Scientific memoirs by medical officers of the Army of India - Part IV,
Year: 1889
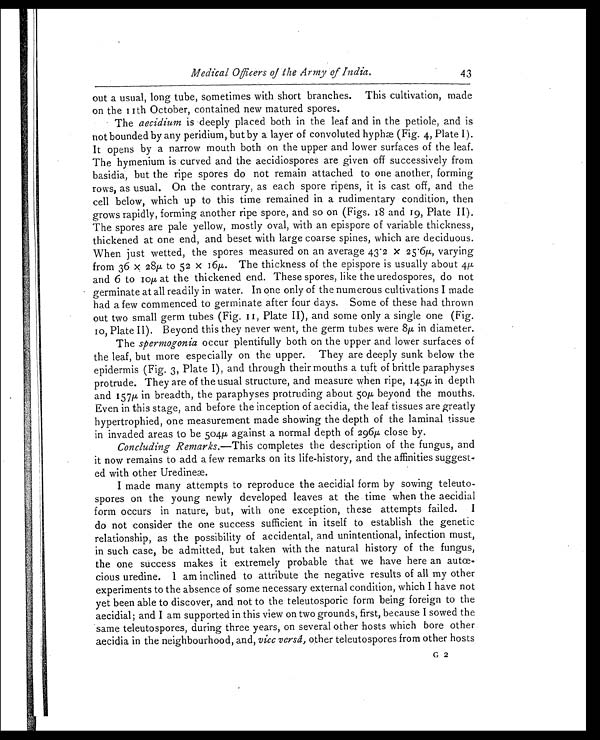
Medical Officers of the Army of India.
43
out a usual, long tube, sometimes with short branches. This cultivation, made
on the 11th October, contained new matured spores.
The aecidium is deeply placed both in the leaf and in the petiole, and is
not bounded by any peridium, but by a layer of convoluted hyphæ (Fig. 4, Plate I).
It opens by a narrow mouth both on the upper and lower surfaces of the leaf.
The hymenium is curved and the aecidiospores are given off successively from
basidia, but the ripe spores do not remain attached to one another, forming
rows, as usual. On the contrary, as each spore ripens, it is cast off, and the
cell below, which up to this time remained in a rudimentary condition, then
grows rapidly, forming another ripe spore, and so on (Figs. 18 and 19, Plate II).
The spores are pale yellow, mostly oval, with an epispore of variable thickness,
thickened at one end, and beset with large coarse spines, which are deciduous.
When just wetted, the spores measured on an average 43.2 x 25.6pµ, varying
from 36 x 28µ to 52 x 16µ. The thickness of the epispore is usually about 4µ
and 6 to 10µ at the thickened end. These spores, like the uredospores, do not
germinate at all readily in water. In one only of the numerous cultivations I made
had a few commenced to germinate after four days. Some of these had thrown
out two small germ tubes (Fig. 11, Plate II), and some only a single one (Fig.
10, Plate II). Beyond this they never went, the germ tubes were 8µ in diameter.
The spermogonia occur plentifully both on the upper and lower surfaces of
the leaf, but more especially on the upper. They are deeply sunk below the
epidermis (Fig. 3, Plate I), and through their mouths a tuft of brittle paraphyses
protrude. They are of the usual structure, and measure when ripe, 145µ in depth
and 157µ in breadth, the paraphyses protruding about 50µ beyond the mouths.
Even in this stage, and before the inception of aecidia, the leaf tissues are greatly
hypertrophied, one measurement made showing the depth of the laminal tissue
in invaded areas to be 504µ against a normal depth of 296µ close by.
Concluding Remarks. —This completes the description of the fungus, and
it now remains to add a few remarks on its life-history, and the affinities suggest
- e d w i t h o t h e r U r e d i n e æ .
I made many attempts to reproduce the aecidial form by sowing teleuto
- s p o r e s o n t h e y o u n g n e w l y d e v e l o p e d l e a v e s a t t h e t i m e w h e n t h e a e c i d i a l
form occurs in nature, but, with one exception, these attempts failed. I
do not consider the one success sufficient in itself to establish the genetic
relationship, as the possibility of accidental, and unintentional, infection must,
in such case, be admitted, but taken with the natural history of the fungus,
the one success makes it extremely probable that we have here an autce
-cious uredine. I am inclined to attribute the negative results of all my other
experiments to the absence of some necessary external condition, which I have not
yet been able to discover, and not to the teleutosporic form being foreign to the
aecidial; and I am supported in this view on two grounds, first, because I sowed the
same teleutospores, during three years, on several other hosts which bore other
aecidia in the neighbourhood, and, vicc versâ, other teleutospores from other hosts
G 2